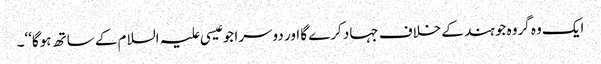
ایک وہ گروہ جو ہند کے خلاف جہاد کرے گا اور دوسرا جو عیسی علیہ السلام کے ساتھ ہوگا‘‘۔